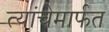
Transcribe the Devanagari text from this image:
त्यांचेमार्फत